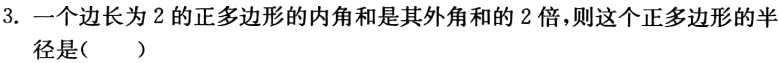
3. 一个边长为$2$的正多边形的内角和是其外角和的$2$倍，则这个正多边形的半
径是（  ）